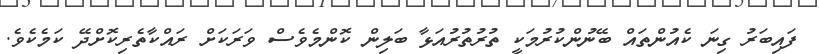
ފައިބަރު ގިނަ ކެއުންތައް ބޭނުންކުރުމަކީ ތުރުތުރުއަޅާ ބަލިން ކޮންމެވެސް ވަރަކަށް ރައްކާތެރިކޮށްދޭ ކަމެކެވެ.